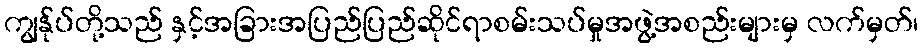
ကျွန်ုပ်တို့သည် နှင့်အခြားအပြည်ပြည်ဆိုင်ရာစမ်းသပ်မှုအဖွဲ့အစည်းများမှ လက်မှတ်၊